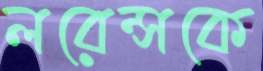
লরেন্সকে